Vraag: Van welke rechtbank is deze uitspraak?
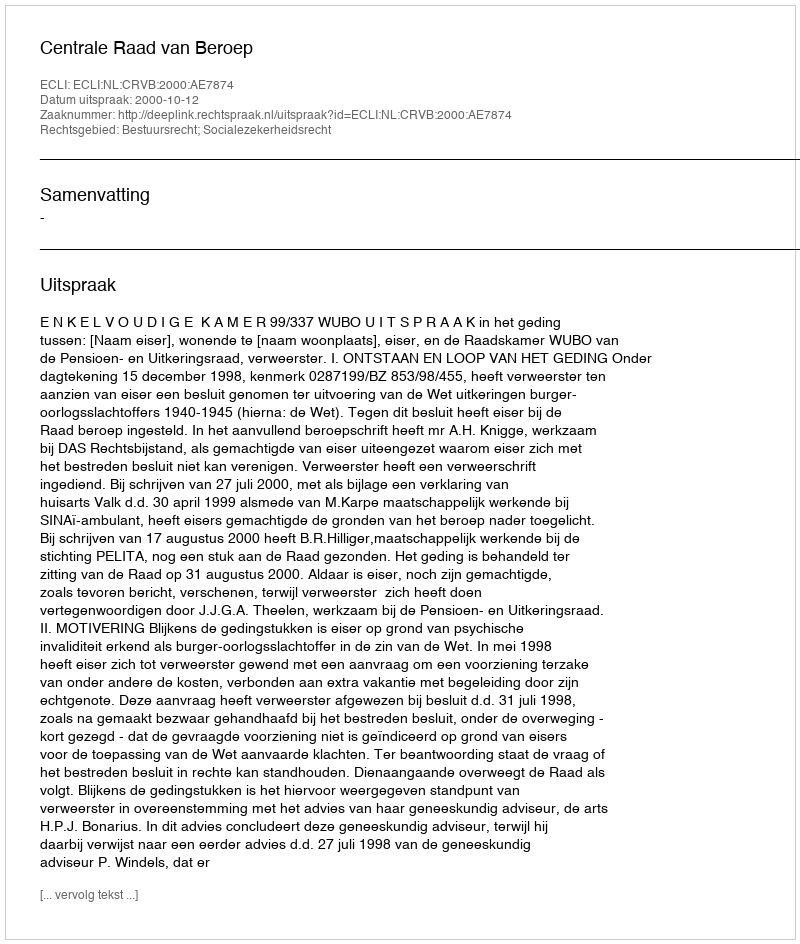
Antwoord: Centrale Raad van Beroep